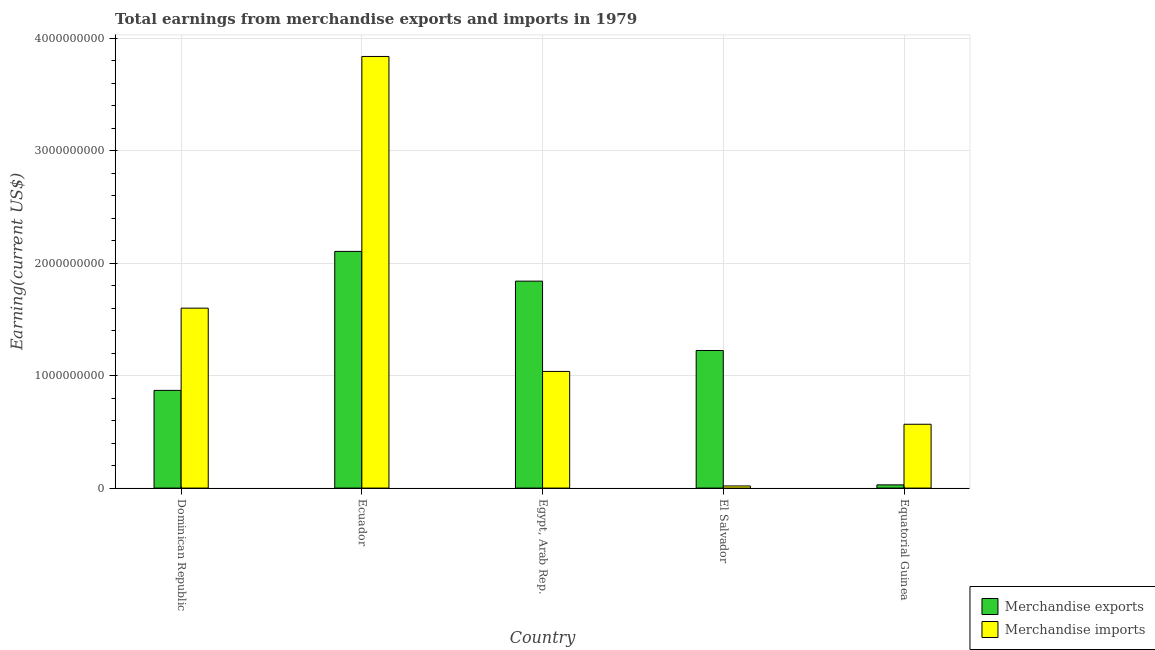
| Country | Merchandise exports | Merchandise imports |
 | --- | --- | --- |
 | Dominican Republic | 8.69e+08 | 1.6e+09 |
 | Ecuador | 2.1e+09 | 3.84e+09 |
 | Egypt, Arab Rep. | 1.84e+09 | 1.04e+09 |
 | El Salvador | 1.22e+09 | 1.91e+07 |
 | Equatorial Guinea | 2.87e+07 | 5.67e+08 |